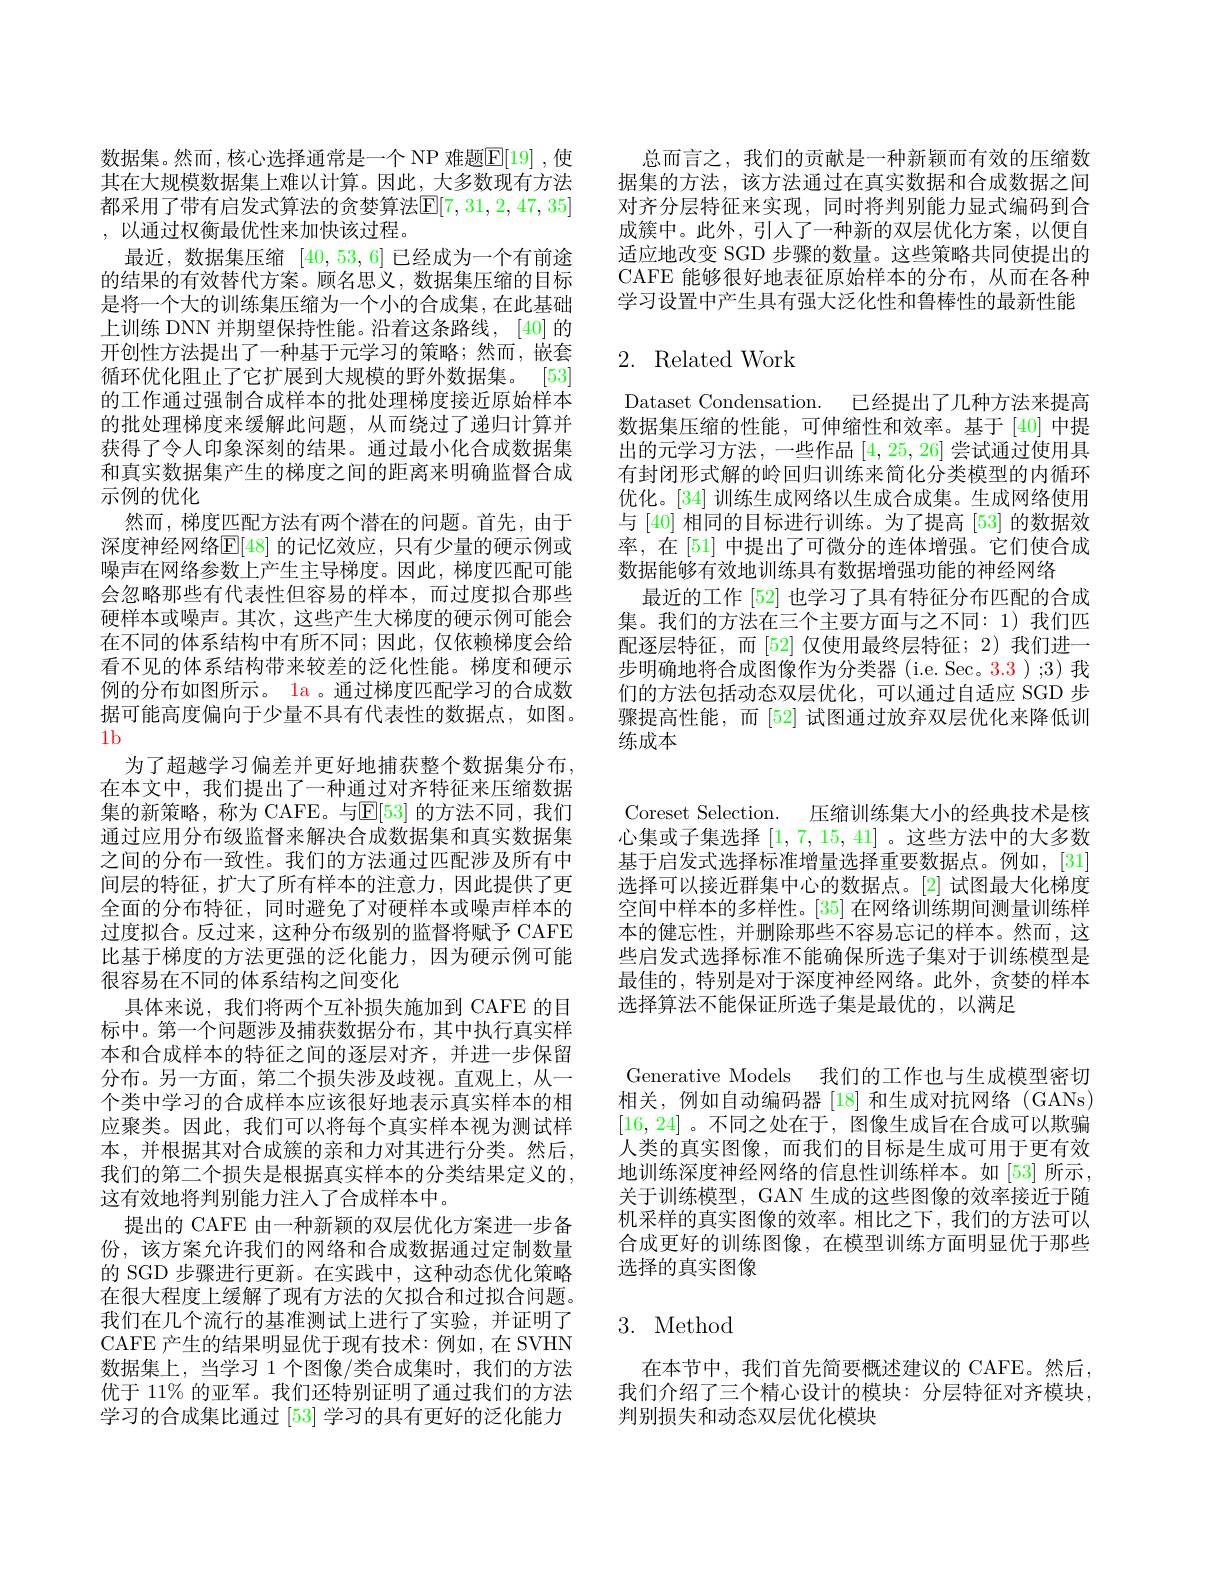
总而言之，我们的贡献是一种新颖而有效的压缩数据集的方法，该方法通过在真实数据和合成数据之间对齐分层特征来实现，同时将判别能力显式编码到合成簇中。此外，引人了一种新的双层优化方案，以便自适应地改变 SGD 步骤的数量。这些策略共同使提出的CAFE 能够很好地表征原始样本的分布，从而在各种学习设置中产生具有强大泛化性和鲁棒性的最新性能

# 2. Related Work

Dataset Condensation. 已经提出了几种方法来提高数据集压缩的性能，可伸缩性和效率。基于[40]中提出的元学习方法，一些作品[4,25,26]尝试通过使用具有封闭形式解的岭回归训练来简化分类模型的内循环优化。[34]训练生成网络以生成合成集。生成网络使用与[40]相同的目标进行训练。为了提高[53]的数据效率，在[51] 中提出了可微分的连体增强。它们使合成数据能够有效地训练具有数据增强功能的神经网络
最近的工作 [52] 也学习了具有特征分布匹配的合成集。我们的方法在三个主要方面与之不同：1)我们匹配逐层特征，而[52]仅使用最终层特征；2)我们进一步明确地将合成图像作为分类器 (i.e. Sec。3.3 ) ;3) 我们的方法包括动态双层优化，可以通过自适应 SGD 步骤提高性能，而[52]试图通过放弃双层优化来降低训练成本

数据集。然而，核心选择通常是一个 NP 难题$\overline{\mathbb{E}}[19]$ ,使其在大规模数据集上难以计算。因此，大多数现有方法都采用了带有启发式算法的贪婪算法$\mathbb{E}[7,31,2,47,35]$ ,以通过权衡最优性来加快该过程。
最近，数据集压缩[40,53,6]已经成为一个有前途的结果的有效替代方案。顾名思义，数据集压缩的目标是将一个大的训练集压缩为一个小的合成集，在此基础上训练 DNN 并期望保持性能。沿着这条路线，[40]的开创性方法提出了一种基于元学习的策略；然而，嵌套循环优化阻止了它扩展到大规模的野外数据集。[53] 的工作通过强制合成样本的批处理梯度接近原始样本的批处理梯度来缓解此问题，从而绕过了递归计算并获得了令人印象深刻的结果。通过最小化合成数据集和真实数据集产生的梯度之间的距离来明确监督合成示例的优化
然而，梯度匹配方法有两个潜在的问题。首先，由于深度神经网络$\mathbb{E}[48]$ 的记忆效应，只有少量的硬示例或噪声在网络参数上产生主导梯度。因此，梯度匹配可能会忽略那些有代表性但容易的样本，而过度拟合那些硬样本或噪声。其次，这些产生大梯度的硬示例可能会在不同的体系结构中有所不同；因此，仅依赖梯度会给看不见的体系结构带来较差的泛化性能。梯度和硬示例的分布如图所示。la 。通过梯度匹配学习的合成数据可能高度偏向于少量不具有代表性的数据点，如图。1b
为了超越学习偏差并更好地捕获整个数据集分布， 在本文中，我们提出了一种通过对齐特征来压缩数据集的新策略，称为 CAFE。与$\mathbb{E}[53]$ 的方法不同，我们通过应用分布级监督来解决合成数据集和真实数据集之间的分布一致性。我们的方法通过匹配涉及所有中间层的特征，扩大了所有样本的注意力，因此提供了更全面的分布特征，同时避免了对硬样本或噪声样本的过度拟合。反过来，这种分布级别的监督将赋予 CAFE 比基于梯度的方法更强的泛化能力，因为硬示例可能很容易在不同的体系结构之间变化
具体来说，我们将两个互补损失施加到 CAFE 的目标中。第一个问题涉及捕获数据分布，其中执行真实样本和合成样本的特征之间的逐层对齐，并进一步保留分布。另一方面，第二个损失涉及歧视。直观上，从一个类中学习的合成样本应该很好地表示真实样本的相应聚类。因此，我们可以将每个真实样本视为测试样本，并根据其对合成簇的亲和力对其进行分类。然后， 我们的第二个损失是根据真实样本的分类结果定义的， 这有效地将判别能力注人了合成样本中。
提出的 CAFE 由一种新颖的双层优化方案进一步备份，该方案允许我们的网络和合成数据通过定制数量的 SGD 步骤进行更新。在实践中，这种动态优化策略在很大程度上缓解了现有方法的欠拟合和过拟合问题。我们在几个流行的基准测试上进行了实验，并证明了CAFE 产生的结果明显优于现有技术：例如，在 SVHN 数据集上，当学习 1 个图像/类合成集时，我们的方法优于 11% 的亚军。我们还特别证明了通过我们的方法学习的合成集比通过[53]学习的具有更好的泛化能力

Generative Models 我们的工作也与生成模型密切相关，例如自动编码器[18]和生成对抗网络(GANs) [16,24] 。不同之处在于，图像生成旨在合成可以欺骗人类的真实图像，而我们的目标是生成可用于更有效地训练深度神经网络的信息性训练样本。如[53] 所示， 关于训练模型，GAN 生成的这些图像的效率接近于随机采样的真实图像的效率。相比之下，我们的方法可以合成更好的训练图像，在模型训练方面明显优于那些选择的真实图像

## 3. Method

在本节中，我们首先简要概述建议的 CAFE。然后， 我们介绍了三个精心设计的模块：分层特征对齐模块， 判别损失和动态双层优化模块

Coreset Selection. 压缩训练集大小的经典技术是核心集或子集选择[1,7,15,41] 。这些方法中的大多数基于启发式选择标准增量选择重要数据点。例如，[31] 选择可以接近群集中心的数据点。[2]试图最大化梯度空间中样本的多样性。[35] 在网络训练期间测量训练样本的健忘性，并删除那些不容易忘记的样本。然而，这些启发式选择标准不能确保所选子集对于训练模型是最佳的，特别是对于深度神经网络。此外，贪婪的样本选择算法不能保证所选子集是最优的，以满足